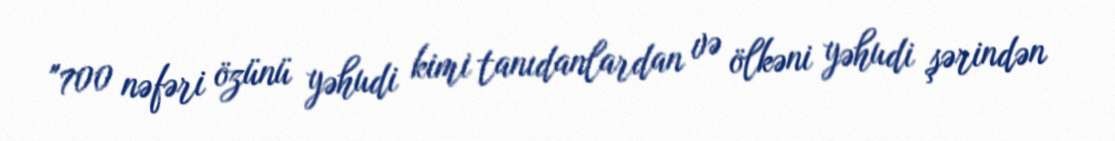
"700 nəfəri özünü yəhudi kimi tanıdanlardan və ölkəni yəhudi şərindən